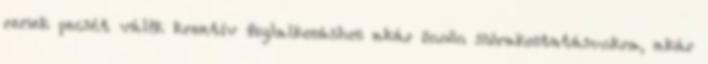
remek pecsét válik kreatív foglalkozáshoz akár önnön szórakoztatásunkra, akár